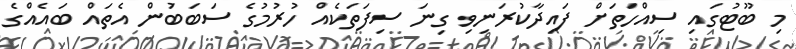
މި ބޫޓުގައި ސިއްހަތަށް ފައިދާކުރަނިވި ގިނަ ސިފަތަކެއް ހުރުމުގެ ސަބަބަުން އެތައް ބައެއްގެ